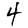
Digit: 4